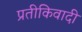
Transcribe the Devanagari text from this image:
प्रतीकिवादी